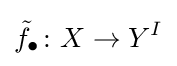
{\tilde {f}}_{\bullet }\colon X\rightarrow Y^{I}